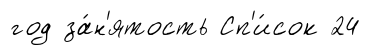
год за́н'ятость Сп'и́сок 24